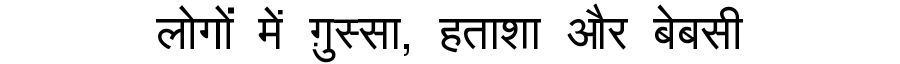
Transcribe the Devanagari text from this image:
लोगों में ग़ुस्सा, हताशा और बेबसी